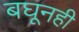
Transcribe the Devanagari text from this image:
बघूनही